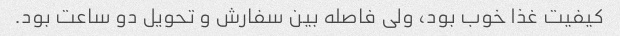
کیفیت غذا خوب بود، ولی فاصله بین سفارش و تحویل دو ساعت بود.